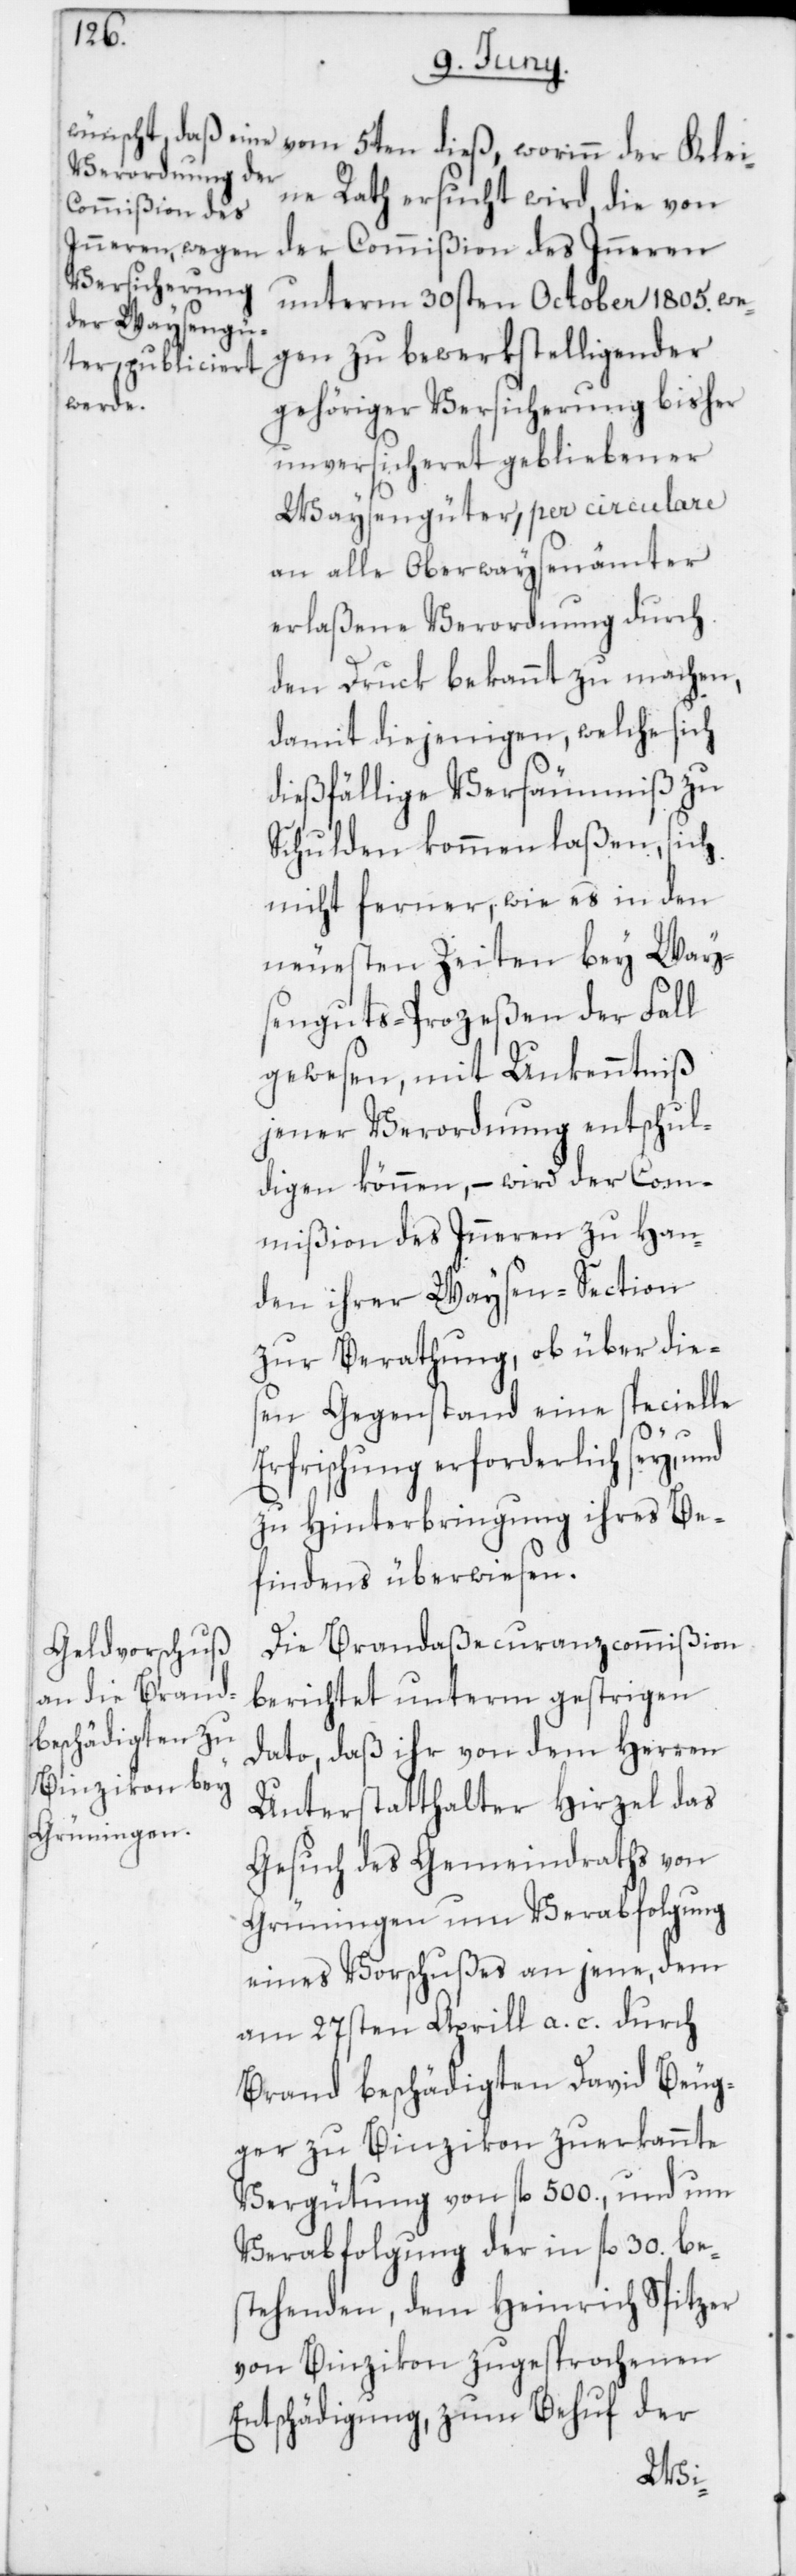
ne Rath ersucht wird, die von
der Commißion des Inneren
unterm 30sten October 1805. we¬
gen zu bewerkstelligender
gehöriger Versicherung bisher
unversicheret gebliebener
Waysengüter, per circulare
an alle Oberwaysenämter
erlaßene Verordnung durch
den Druck bekannt zu machen,
damit diejenigen, welche sich
dießfällige Versäumniß zu
Schulden kommen laßen, sich
nicht ferner, wie es in den
neuesten Zeiten bey Way¬
senguts-Prozeßen der Fall
gewesen, mit Unkenntniß
jener Verordnung entschul¬
digen können, – wird der Com¬
mißion des Inneren zu Han¬
den ihrer Waysen-Section
zur Berathung, ob über dies¬
en Gegenstand eine specielle
Erfrischung erforderlich sey, und
zu Hinterbringung ihres Be¬
findens überwiesen.
Die Brandaßecuranzcommißion
berichtet unterm gestrigen
Dato, daß ihr von dem Herren
Unterstatthalter Hirzel das
Gesuch des Gemeindraths von
Grüningen um Verabfolgung
eines Vorschußes an jene, dem
am 27sten Aprill a. c. durch
Brand beschädigte David Beug¬
ger zu Binzikon zuerkannte
Vergütung von fl. 500., und um
Verabfolgung der in fl. 30. be¬
stehenden, dem Heinrich Spitzer
von Binzikon zugesprochenen
Entschädigung, zum Behuf der
Klei¬